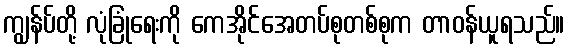
ကျွန်ပ်တို့ လုံခြုံရေးကို ကေအိုင်အေတပ်စုတစ်စုက တာဝန်ယူရသည်။